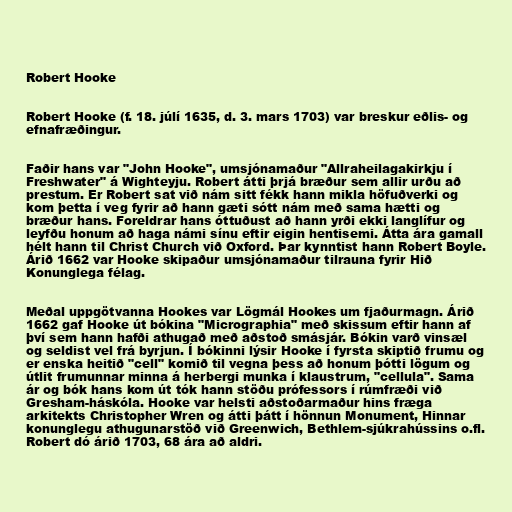
Robert Hooke

Robert Hooke (f. 18. júlí 1635, d. 3. mars 1703) var breskur eðlis- og
efnafræðingur.

Faðir hans var "John Hooke", umsjónamaður "Allraheilagakirkju í
Freshwater" á Wighteyju. Robert átti þrjá bræður sem allir urðu að
prestum. Er Robert sat við nám sitt fékk hann mikla höfuðverki og
kom þetta í veg fyrir að hann gæti sótt nám með sama hætti og
bræður hans. Foreldrar hans óttuðust að hann yrði ekki langlífur og
leyfðu honum að haga námi sínu eftir eigin hentisemi. Átta ára gamall
hélt hann til Christ Church við Oxford. Þar kynntist hann Robert Boyle.
Árið 1662 var Hooke skipaður umsjónamaður tilrauna fyrir Hið
Konunglega félag.

Meðal uppgötvanna Hookes var Lögmál Hookes um fjaðurmagn. Árið
1662 gaf Hooke út bókina "Micrographia" með skissum eftir hann af
því sem hann hafði athugað með aðstoð smásjár. Bókin varð vinsæl
og seldist vel frá byrjun. Í bókinni lýsir Hooke í fyrsta skiptið frumu og
er enska heitið "cell" komið til vegna þess að honum þótti lögum og
útlit frumunnar minna á herbergi munka í klaustrum, "cellula". Sama
ár og bók hans kom út tók hann stöðu prófessors í rúmfræði við
Gresham-háskóla. Hooke var helsti aðstoðarmaður hins fræga
arkitekts Christopher Wren og átti þátt í hönnun Monument, Hinnar
konunglegu athugunarstöð við Greenwich, Bethlem-sjúkrahússins o.fl.
Robert dó árið 1703, 68 ára að aldri.